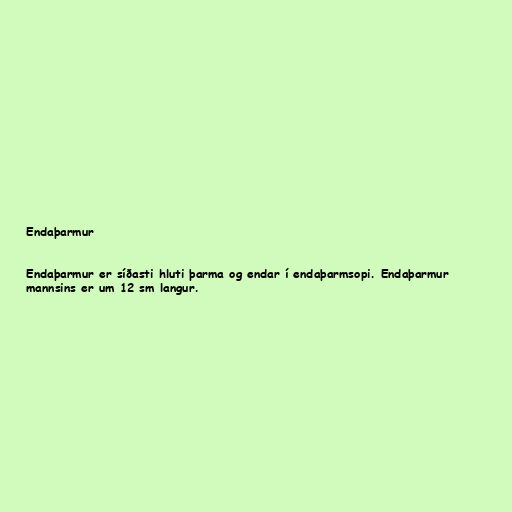
Endaþarmur

Endaþarmur er síðasti hluti þarma og endar í endaþarmsopi. Endaþarmur
mannsins er um 12 sm langur.